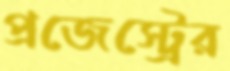
প্রজেস্ট্রের